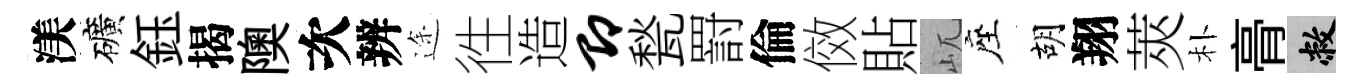
渼礦鈺揭隩次辨途徃造即甃罸倫傚貼屼座胡翔莢朴𮌔敝